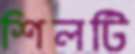
শিলটি